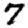
Digit: 7